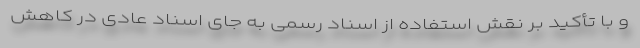
و با تأکید بر نقش استفاده از اسناد رسمی به جای اسناد عادی در کاهش